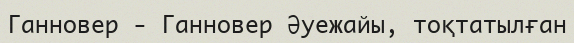
Ганновер - Ганновер Әуежайы, тоқтатылған